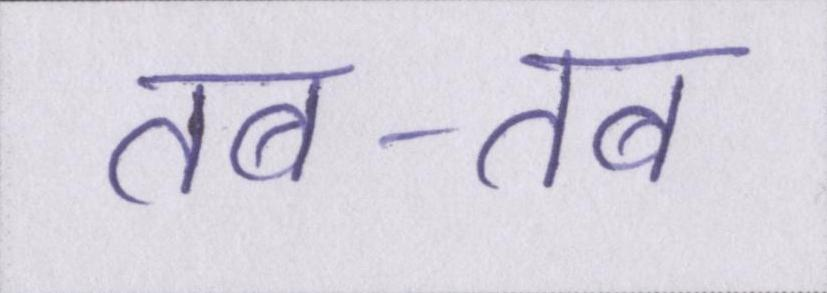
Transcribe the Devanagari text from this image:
तब-तब